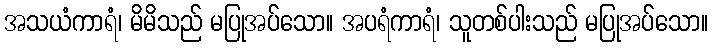
အသယံကာရံ၊ မိမိသည် မပြုအပ်သော။ အပရံကာရံ၊ သူတစ်ပါးသည် မပြုအပ်သော။